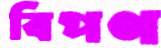
বিপণ